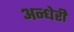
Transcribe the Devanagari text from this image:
अन्धेरी